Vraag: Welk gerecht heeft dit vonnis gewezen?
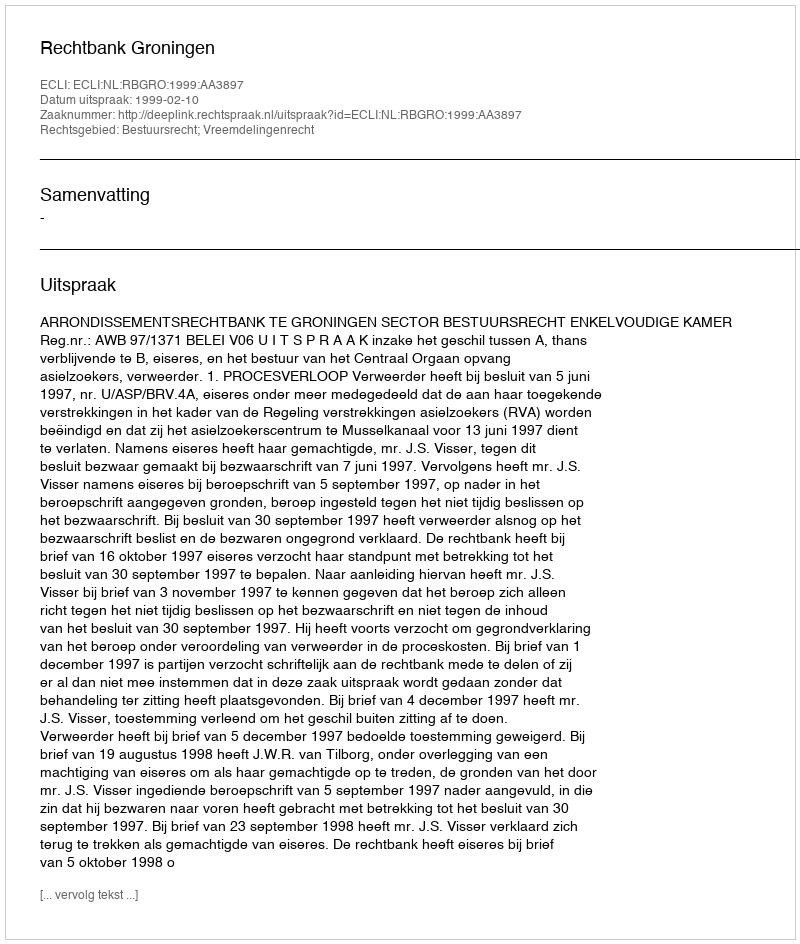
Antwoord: Rechtbank Groningen